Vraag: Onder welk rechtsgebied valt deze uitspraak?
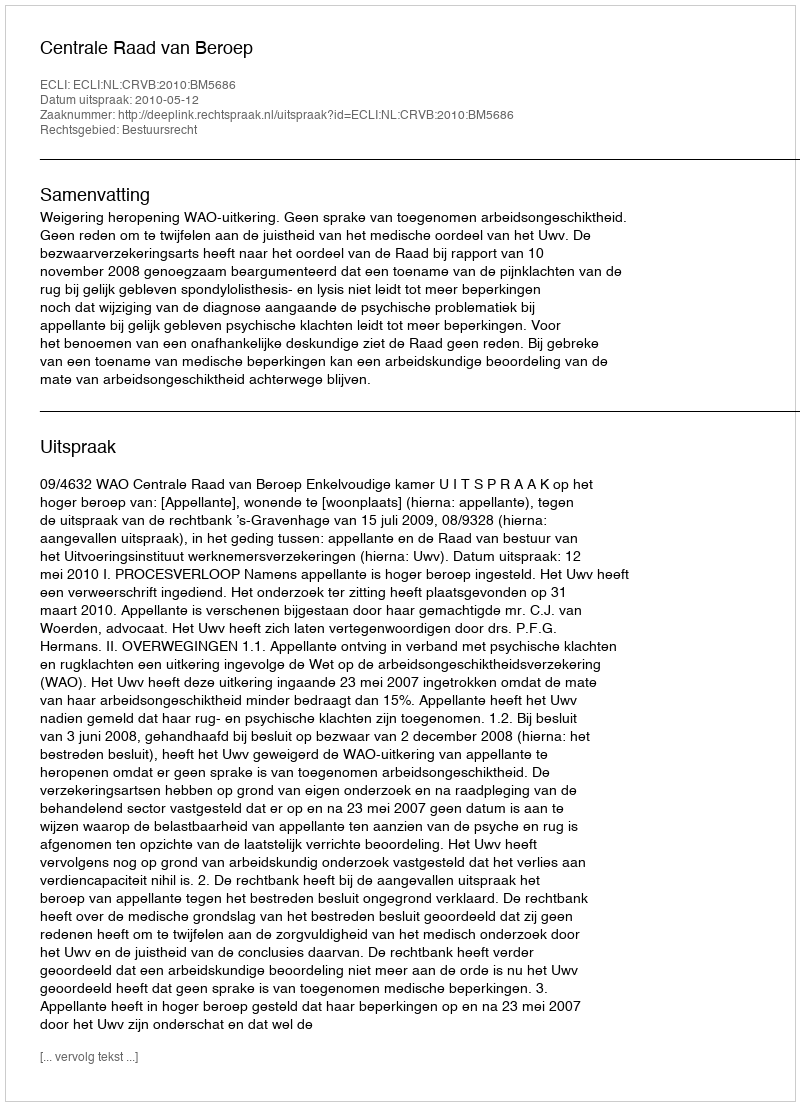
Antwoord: Bestuursrecht